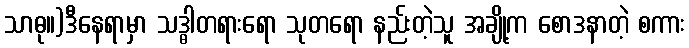
သာဓု။)ဒီနေရာမှာ သဒ္ဓါတရားရော သုတရော နည်းတဲ့သူ အချို့က စောဒနာတဲ့ စကား